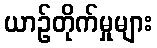
ယာဉ်တိုက်မှုများ